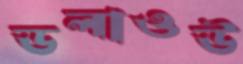
ডলাওউ